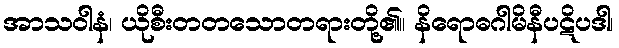
အာသဝါနံ၊ ယိုစီးတတသောတရားတို့၏။ နိရောဓဂါမိနီပဋိပဒါ၊